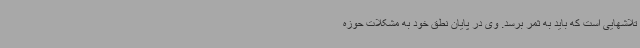
تلاشهایی است که باید به ثمر برسد. وی در پایان نطق خود به مشکلات حوزه